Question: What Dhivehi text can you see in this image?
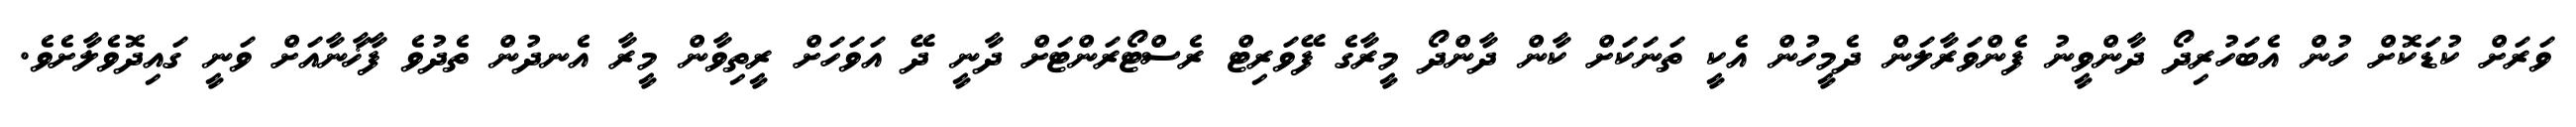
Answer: ވަރަށް ކުޑަކޮށް ހުން އެބަހުރިދޯ ދާންވީނު ފެންވަރާލަން ދެމީހުން އެކީ ތަނަކަށް ކާން ދާންދޯ މީރާގެ ފޭވަރިޓް ރެސްޓޯރަންޓަށް ދާނީ ދޭ އަވަހަށް ރީތިވާން މީރާ އެނދުން ތެދުވެ ފާޚާނާއަށް ވަނީ ގައިދޮވެލާށެވެ.